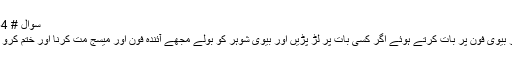
سوال # 165454
شوہر اور بیوی فون پر بات کرتے ہوئے اگر کسی بات پر لڑ پڑیں اور بیوی شوہر کو بولے مجھے آئندہ فون اور میسج مت کرنا اور ختم کرو یہ رشتہ۔